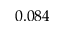
0 . 0 8 4